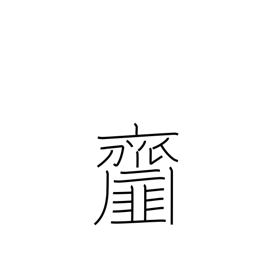
Meaning: dishes seasoned with vinegar or miso